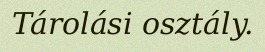
Tárolási osztály.